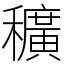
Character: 穬